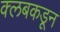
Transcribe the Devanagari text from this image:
क्‍लबकडून